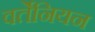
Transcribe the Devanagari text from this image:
वर्तेनियन